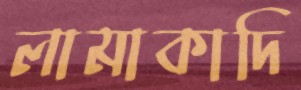
লামাকাদি